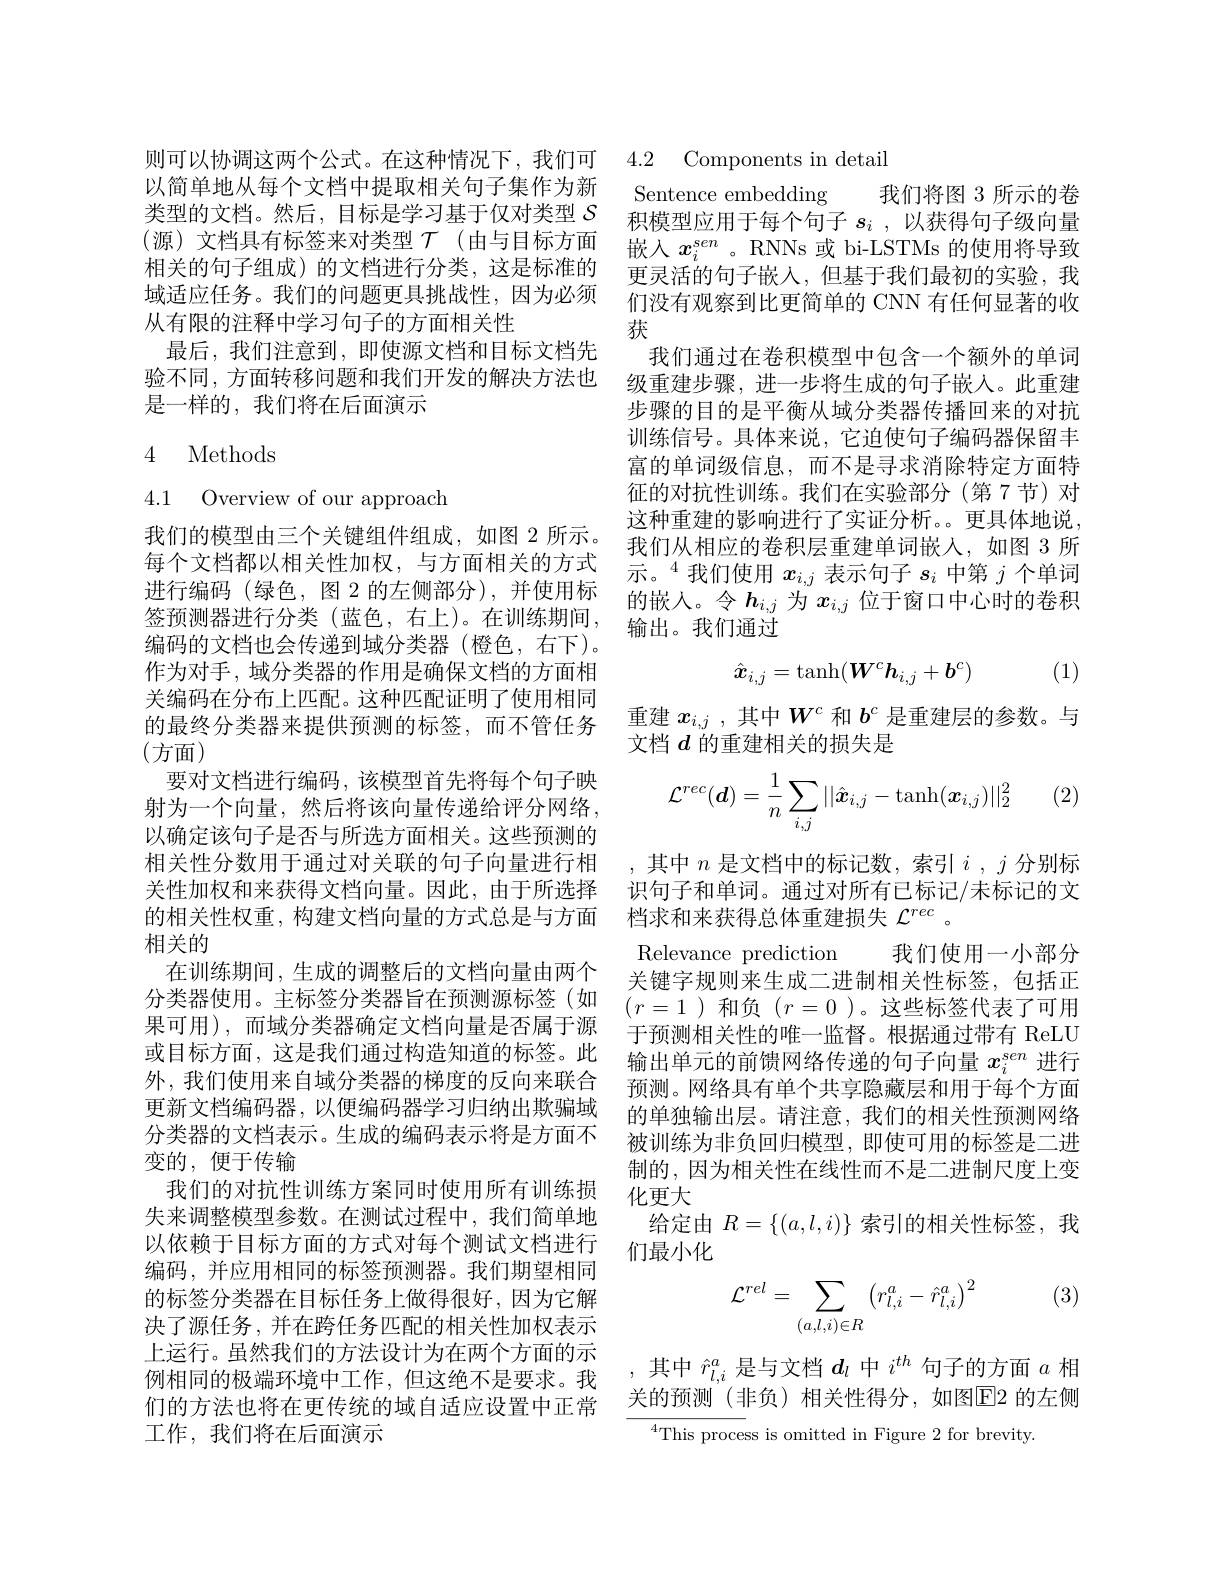
以简单地从每个文档中提取相关句子集作为新类型的文档。然后，目标是学习基于仅对类型$S$ (源)文档具有标签来对类型$\mathcal{T}$(由与目标方面相关的句子组成)的文档进行分类，这是标准的域适应任务。我们的问题更具挑战性，因为必须从有限的注释中学习句子的方面相关性
最后，我们注意到，即使源文档和目标文档先验不同，方面转移问题和我们开发的解决方法也是一样的，我们将在后面演示

### 4 Methods

4.1 Overview of our approach
编码的文档也会传递到域分类器(橙色，右下)。作为对手，域分类器的作用是确保文档的方面相关编码在分布上匹配。这种匹配证明了使用相同的最终分类器来提供预测的标签，而不管任务(方面)
要对文档进行编码，该模型首先将每个句子映射为一个向量，然后将该向量传递给评分网络， 以确定该句子是否与所选方面相关。这些预测的相关性分数用于通过对关联的句子向量进行相关性加权和来获得文档向量。因此，由于所选择的相关性权重，构建文档向量的方式总是与方面 档求和来获得总体重建损失$\mathcal{L}^{rec}$ 。
相关的
在训练期间，生成的调整后的文档向量由两个分类器使用。主标签分类器旨在预测源标签(如果可用),而域分类器确定文档向量是否属于源或目标方面，这是我们通过构造知道的标签。此外，我们使用来自域分类器的梯度的反向来联合更新文档编码器，以便编码器学习归纳出欺骗域分类器的文档表示。生成的编码表示将是方面不变的，便于传输
我们的对抗性训练方案同时使用所有训练损失来调整模型参数。在测试过程中，我们简单地以依赖于目标方面的方式对每个测试文档进行编码，并应用相同的标签预测器。我们期望相同的标签分类器在目标任务上做得很好，因为它解决了源任务，并在跨任务匹配的相关性加权表示上运行。虽然我们的方法设计为在两个方面的示例相同的极端环境中工作，但这绝不是要求。我们的方法也将在更传统的域自适应设置中正常工作，我们将在后面演示

则可以协调这两个公式。在这种情况下，我们可 4.2 Components in detail

Sentence embedding 我们将图 3 所示的卷积模型应用于每个句子$s_i$ ,以获得句子级向量嵌入$x_i^{sen}$ 。RNNs 或 bi-LSTMs 的使用将导致更灵活的句子嵌入，但基于我们最初的实验，我们没有观察到比更简单的 CNN 有任何显著的收获
我们通过在卷积模型中包含一个额外的单词级重建步骤，进一步将生成的句子嵌入。此重建步骤的目的是平衡从域分类器传播回来的对抗训练信号。具体来说，它迫使句子编码器保留丰富的单词级信息，而不是寻求消除特定方面特征的对抗性训练。我们在实验部分(第7节)对这种重建的影响进行了实证分析。。更具体地说，
我们的模型由三个关键组件组成，如图 2 所示。我们从相应的卷积层重建单词嵌人，如图 3 所每 个 文 档 都 以 相 关 性 加 权 , 与 方 面 相 关 的 方 式 $\text{示 。}^{4}$我 们 使 用 $x_{i, j}$ 表 示 句 子 $s_{i}$ 中 第 $j$ 个 单 词 进 行 编 码 ( 绿 色 , 图 2 的 左 侧 部 分 ) , 并 使 用 标 的 嵌 入 。令 $h_{i, j}$ 为 $x_{i, j}$ 位 于 窗 口 中 心 时 的 卷 积 签 预 测 器 进 行 分 类 ( 蓝 色 , 右 上 ) 。在 训 练 期 间 , 输 出 。我 们 通 过

(1)
$$\hat{\boldsymbol{x}}_{i,j}=\tanh(\boldsymbol{W}^c\boldsymbol{h}_{i,j}+b^c)$$
重建$x_{i,j}$ ,其中$W^c$和$b^c$是重建层的参数。与
文档$d$的重建相关的损失是

(2)
$$\mathcal{L}^{rec}(\boldsymbol{d})=\dfrac{1}{n}\sum_{i,j}||\hat{\boldsymbol{x}}_{i,j}-\tanh(\boldsymbol{x}_{i,j})||_{2}^{2}$$
,其中$n$是文档中的标记数，索引$i,j$分别标识句子和单词。通过对所有已标记/未标记的文Relevance prediction 我们使用一小部分关键字规则来生成二进制相关性标签，包括正$(r=1)$和负$(r=0)$。这些标签代表了可用于预测相关性的唯一监督。根据通过带有 ReLU 输出单元的前馈网络传递的句子向量$x_i^{sen}$进行预测。网络具有单个共享隐藏层和用于每个方面的单独输出层。请注意，我们的相关性预测网络被训练为非负回归模型，即使可用的标签是二进制的，因为相关性在线性而不是二进制尺度上变化更大
给定由$R=\{(a,l,i)\}$索引的相关性标签，我
们最小化

(3)
$$\mathcal{L}^{rel}=\sum_{(a,l,i)\in R}\left(r_{l,i}^a-\hat{r}_{l,i}^a\right)^2$$
,其中$\hat{r}_{l,i}^a$是与文档$d_l$中$i^{th}$句子的方面$a$相关的预测(非负)相关性得分，如图E$^[2$的左侧
$^4$This process is omitted in Figure 2 for brevity